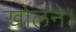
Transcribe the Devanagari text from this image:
खोलने।